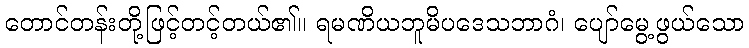
တောင်တန်းတို့ဖြင့်တင့်တယ်၏။ ရမဏိယဘူမိပဒေသဘာဂံ၊ ပျော်မွေ့ဖွယ်သော